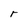
Character: r